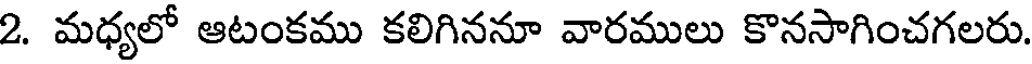
2. మధ్యలో ఆటంకము కలిగిననూ వారములు కొనసాగించగలరు